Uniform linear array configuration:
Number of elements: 24
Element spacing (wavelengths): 0.75
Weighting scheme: hamming
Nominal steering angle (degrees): -30
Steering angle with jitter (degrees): -29.284
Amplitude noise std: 0.05
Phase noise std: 0.05

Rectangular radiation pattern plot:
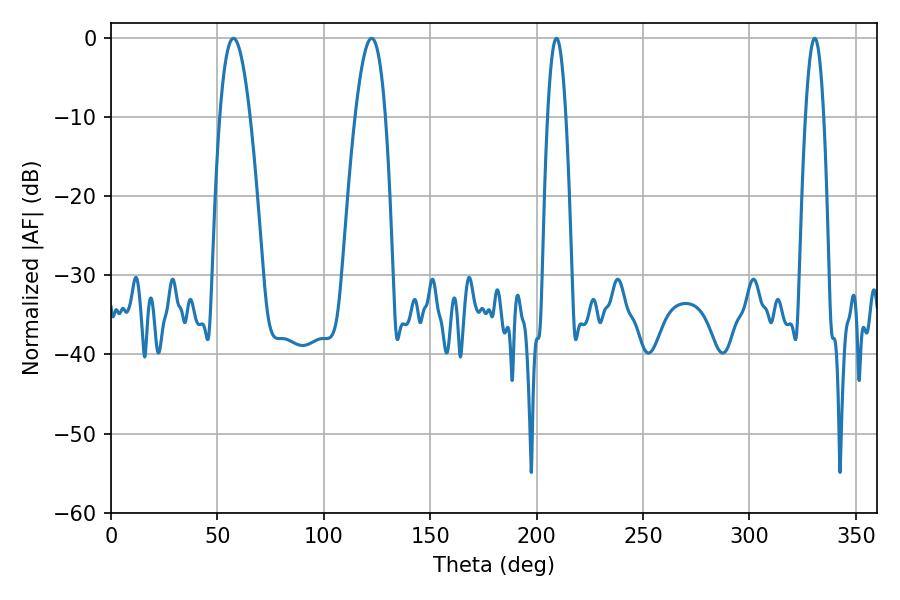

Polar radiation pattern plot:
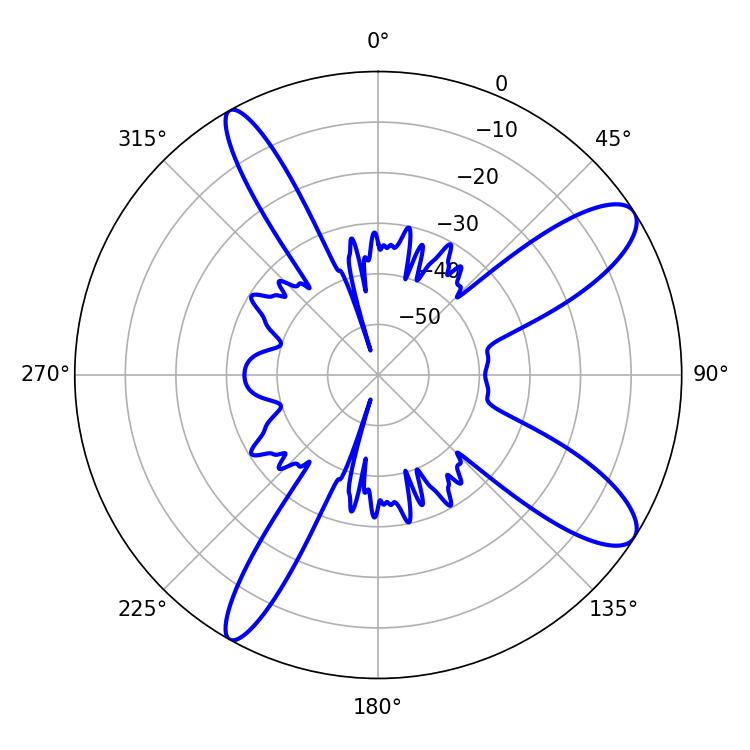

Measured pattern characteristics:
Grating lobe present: TRUE
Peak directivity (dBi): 10.942
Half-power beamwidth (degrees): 4.68
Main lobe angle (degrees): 209.34